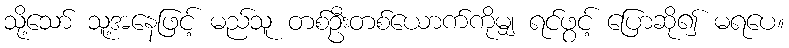
သို့သော် သူ့အနေဖြင့် မည်သူ တစ်ဦးတစ်ယောက်ကိုမျှ ရင်ဖွင့် ပြောဆို၍ မရပေ။